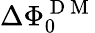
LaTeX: \Delta\Phi_{0}^{\mathrm{~D~M~}}